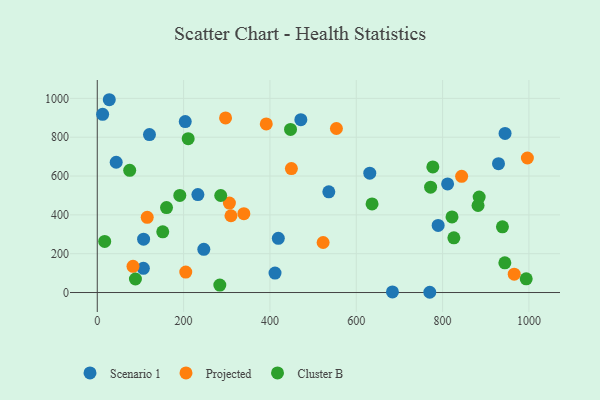
{"axis": {"x": "Distance", "y": "Demand"}, "legend": ["Cluster B", "Projected", "Scenario 1"], "data": [{"x": "203.8", "y": 880.5, "type": "Scenario 1"}, {"x": "419.4", "y": 279.1, "type": "Scenario 1"}, {"x": "43.8", "y": 671.0, "type": "Scenario 1"}, {"x": "944.7", "y": 819.4, "type": "Scenario 1"}, {"x": "106.8", "y": 124.9, "type": "Scenario 1"}, {"x": "811.6", "y": 559.5, "type": "Scenario 1"}, {"x": "631.3", "y": 615.0, "type": "Scenario 1"}, {"x": "233.1", "y": 504.6, "type": "Scenario 1"}, {"x": "246.8", "y": 222.7, "type": "Scenario 1"}, {"x": "27.8", "y": 993.1, "type": "Scenario 1"}, {"x": "929.5", "y": 663.9, "type": "Scenario 1"}, {"x": "471.6", "y": 890.1, "type": "Scenario 1"}, {"x": "683.8", "y": 3.2, "type": "Scenario 1"}, {"x": "789.7", "y": 345.6, "type": "Scenario 1"}, {"x": "536.4", "y": 518.8, "type": "Scenario 1"}, {"x": "770.3", "y": 1.3, "type": "Scenario 1"}, {"x": "12.4", "y": 918.1, "type": "Scenario 1"}, {"x": "107.3", "y": 274.9, "type": "Scenario 1"}, {"x": "411.8", "y": 100.2, "type": "Scenario 1"}, {"x": "120.9", "y": 813.8, "type": "Scenario 1"}, {"x": "965.9", "y": 94.5, "type": "Projected"}, {"x": "205.0", "y": 105.5, "type": "Projected"}, {"x": "309.7", "y": 395.4, "type": "Projected"}, {"x": "82.8", "y": 135.1, "type": "Projected"}, {"x": "297.2", "y": 899.5, "type": "Projected"}, {"x": "844.1", "y": 598.3, "type": "Projected"}, {"x": "306.1", "y": 461.0, "type": "Projected"}, {"x": "554.0", "y": 844.8, "type": "Projected"}, {"x": "339.6", "y": 406.0, "type": "Projected"}, {"x": "391.5", "y": 868.4, "type": "Projected"}, {"x": "523.2", "y": 257.6, "type": "Projected"}, {"x": "115.7", "y": 387.2, "type": "Projected"}, {"x": "449.7", "y": 638.5, "type": "Projected"}, {"x": "996.4", "y": 693.0, "type": "Projected"}, {"x": "993.7", "y": 70.6, "type": "Cluster B"}, {"x": "286.0", "y": 499.8, "type": "Cluster B"}, {"x": "772.2", "y": 542.4, "type": "Cluster B"}, {"x": "938.6", "y": 338.6, "type": "Cluster B"}, {"x": "160.4", "y": 437.7, "type": "Cluster B"}, {"x": "826.1", "y": 282.0, "type": "Cluster B"}, {"x": "777.4", "y": 646.9, "type": "Cluster B"}, {"x": "821.8", "y": 389.5, "type": "Cluster B"}, {"x": "88.4", "y": 69.8, "type": "Cluster B"}, {"x": "884.7", "y": 491.6, "type": "Cluster B"}, {"x": "882.1", "y": 448.3, "type": "Cluster B"}, {"x": "636.6", "y": 456.5, "type": "Cluster B"}, {"x": "944.2", "y": 153.1, "type": "Cluster B"}, {"x": "75.1", "y": 629.2, "type": "Cluster B"}, {"x": "151.7", "y": 312.8, "type": "Cluster B"}, {"x": "283.9", "y": 38.6, "type": "Cluster B"}, {"x": "447.7", "y": 840.3, "type": "Cluster B"}, {"x": "210.6", "y": 792.7, "type": "Cluster B"}, {"x": "191.2", "y": 500.4, "type": "Cluster B"}, {"x": "17.2", "y": 263.4, "type": "Cluster B"}]}